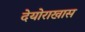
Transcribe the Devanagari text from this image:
देयोराखास